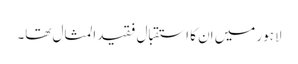
لاہور میں اِن کا استقبال فقیدالمثال تھا۔